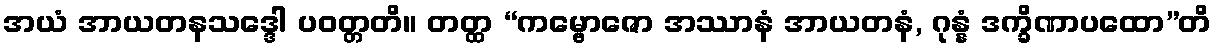
အယံ အာယတနသဒ္ဒေါ ပဝတ္တတိ။ တတ္ထ “ကမ္ဗောဇော အဿာနံ အာယတနံ, ဂုန္နံ ဒက္ခိဏာပထော”တိ